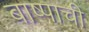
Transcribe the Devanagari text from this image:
बाष्पाची